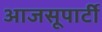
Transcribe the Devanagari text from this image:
आजसूपार्टी